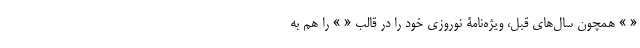
« » همچون سال‌های قبل، ویژه‌نامۀ نوروزی خود را در قالب « » را هم به